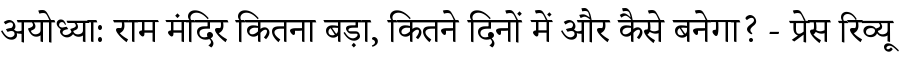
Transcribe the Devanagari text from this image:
अयोध्या: राम मंदिर कितना बड़ा, कितने दिनों में और कैसे बनेगा? - प्रेस रिव्यू